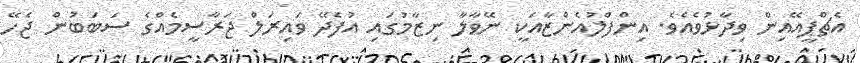
އެޗްޕީއޭއިން ވިދާޅުވެއެވެ. އިންފްލުއެންޒާއަކީ ނޭވާލާ ނިޒާމުގައި އުފެދޭ ވައިރަލް ޖަރާސީމެއްގެ ސަބަބުން ޖެހޭ